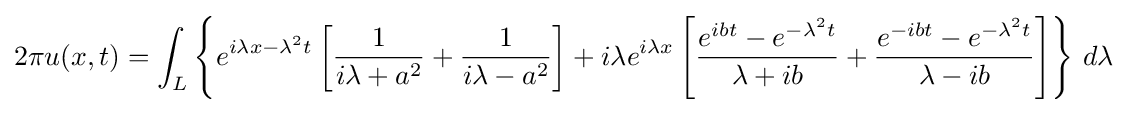
2\pi u(x,t)=\int _{L}\left\{e^{i\lambda x-\lambda ^{2}t}\left[{\frac {1}{i\lambda +a^{2}}}+{\frac {1}{i\lambda -a^{2}}}\right]+i\lambda e^{i\lambda x}\left[{\frac {e^{ibt}-e^{-\lambda ^{2}t}}{\lambda +ib}}+{\frac {e^{-ibt}-e^{-\lambda ^{2}t}}{\lambda -ib}}\right]\right\}\,d\lambda